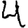
Digit: 4